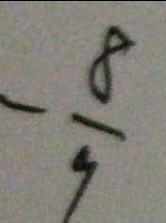
- \frac { 8 } { 9 }